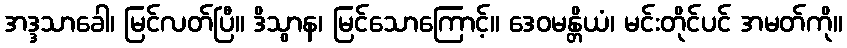
အဒ္ဒသာခေါ၊ မြင်လတ်ပြီ။ ဒိသွာန၊ မြင်သောကြောင့်။ ဒေဝမန္တိယံ၊ မင်းတိုင်ပင် အမတ်ကို။